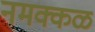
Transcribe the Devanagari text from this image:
नमक्कळ